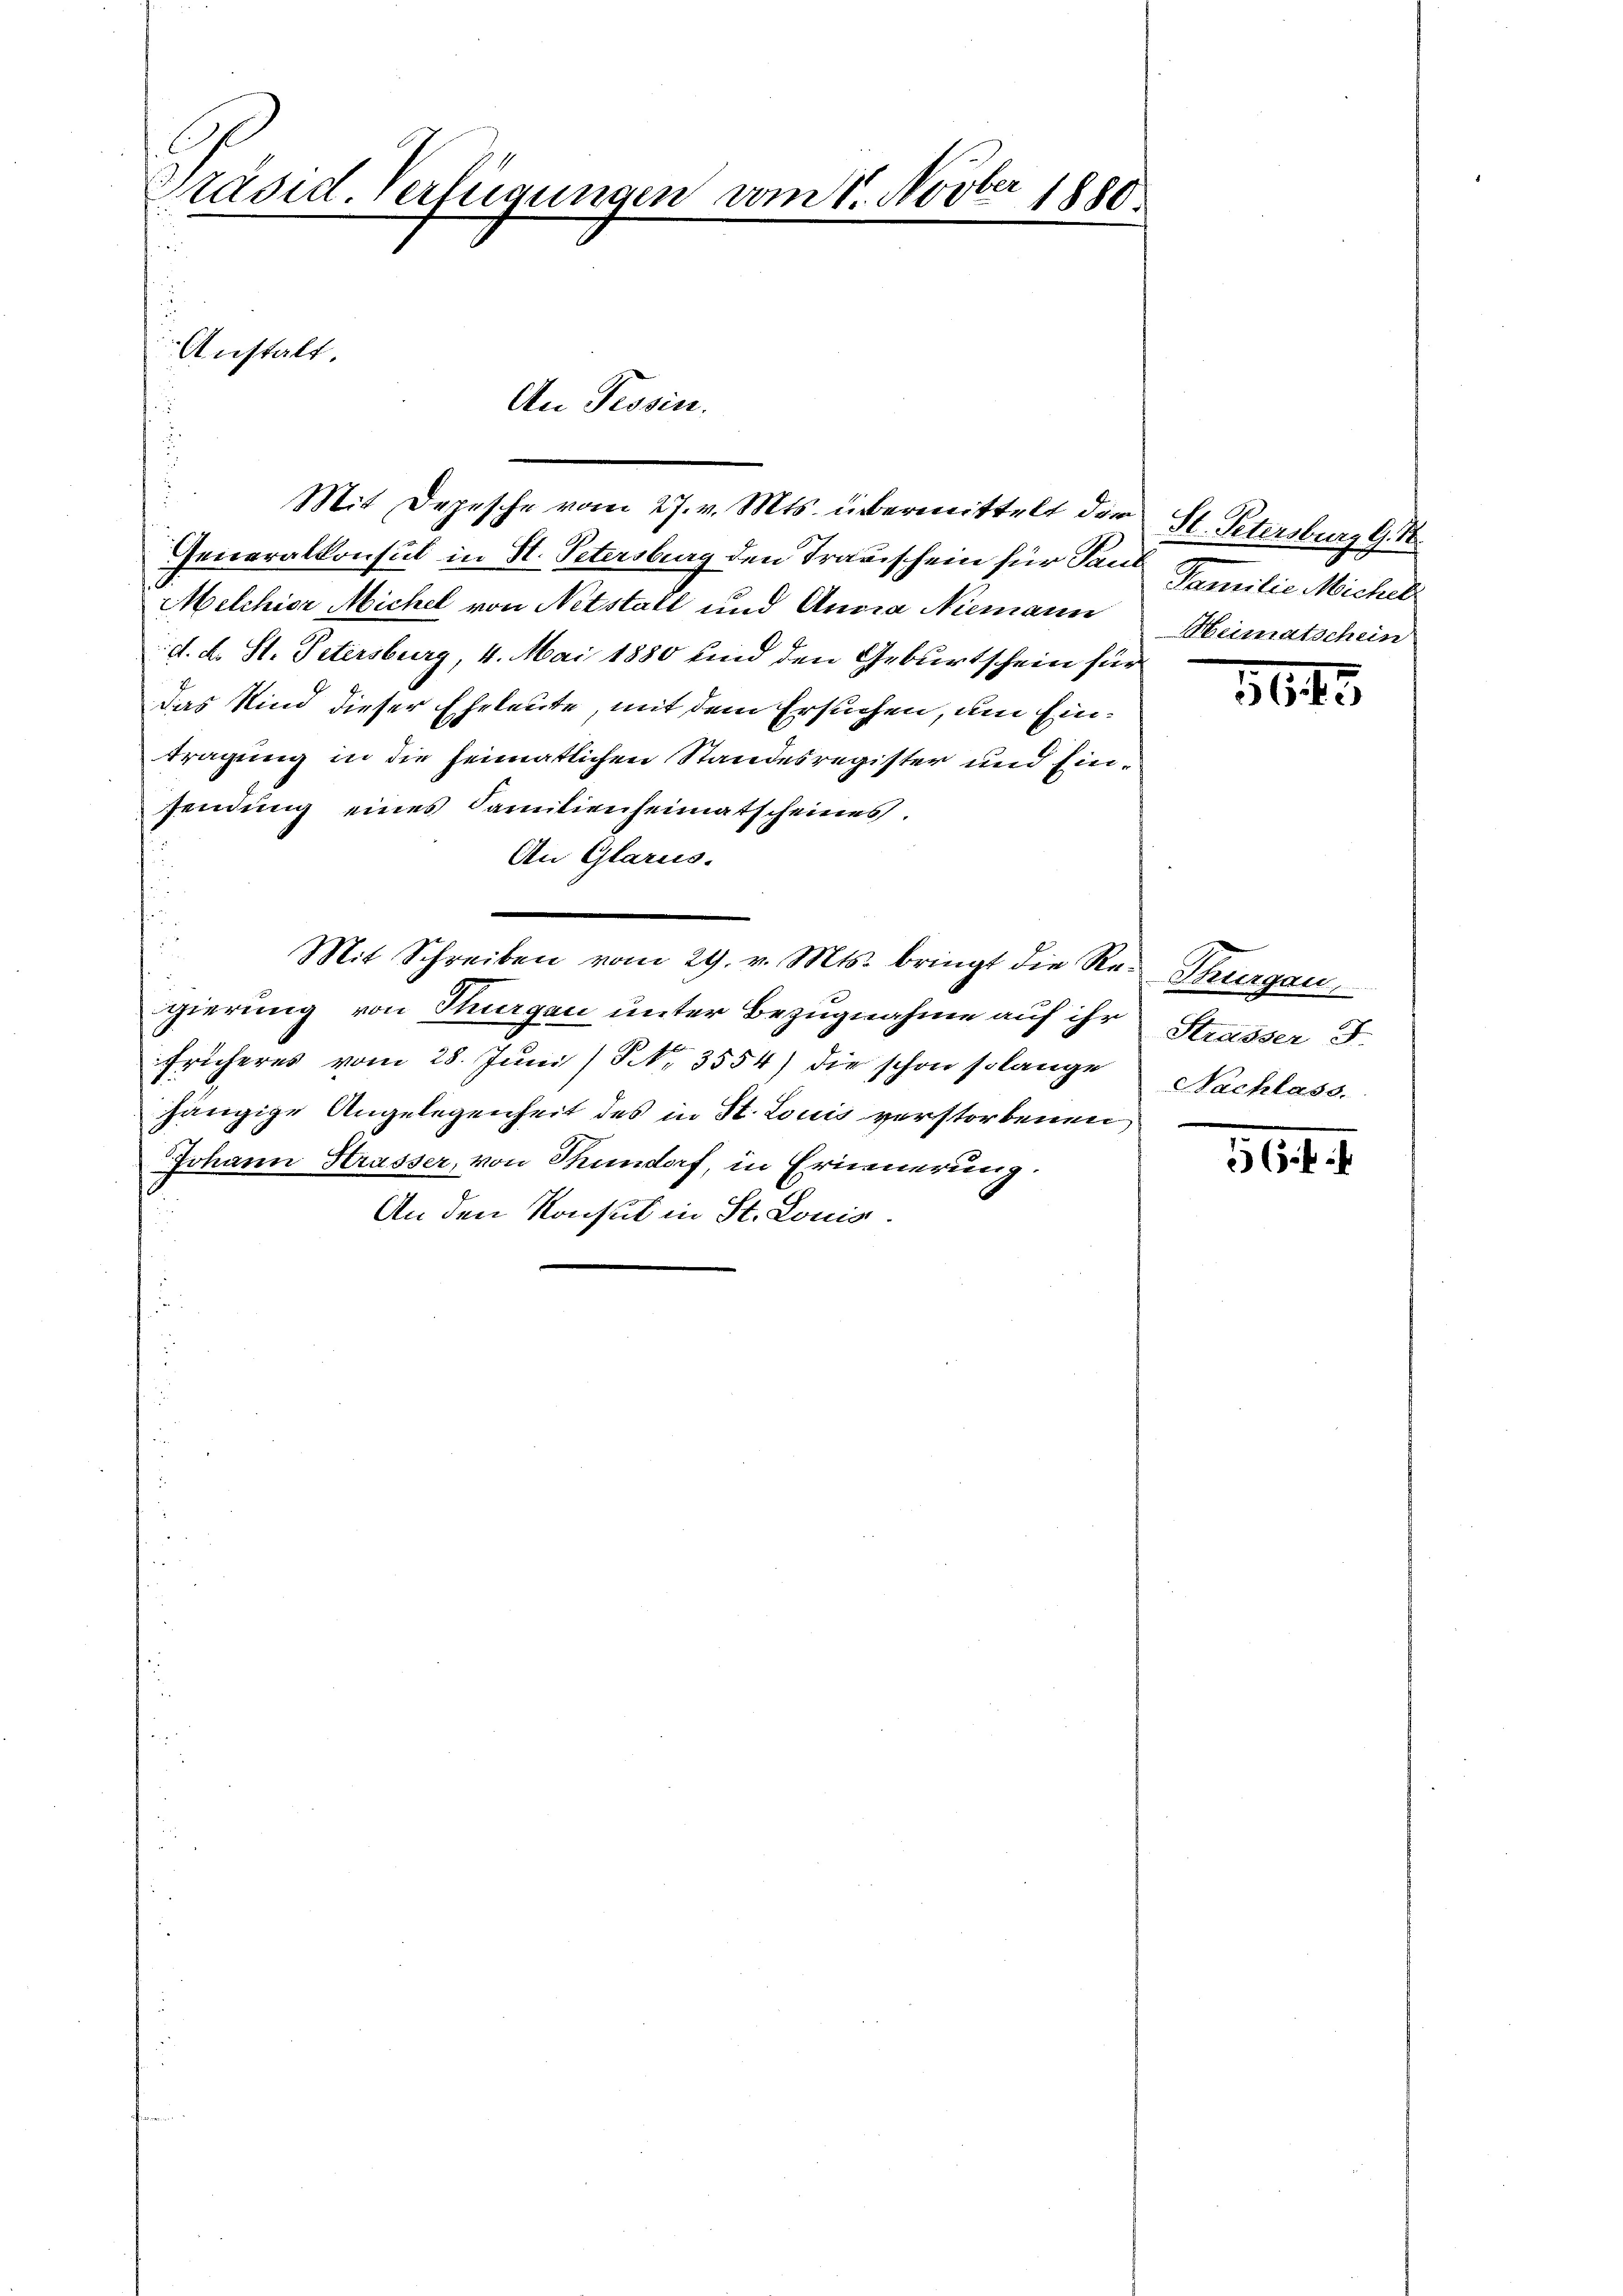
e
Präsid. Verfügungen vom 1. Novbr. 1880.
.
Anstalt.
An Tessin.

Mit Depesche vom 27. v. Mts. übermittelt die
Generalkonsul in St. Petersburg den Trauischein für San¬
Melchior Michel von Netstalt und Annia Niemann
d. d. St. Petersburg, 4. Mai 1880 und den Geburtschein für
das Kind dieser Eheleute, mit dem Ersuchen, um Eintragung in die heimatlichen Standesregister und Einsendung eines Familienheimatscheines.
An Glarus.
Mit Schreiben vom 29. v. Mts. bringt die Re-Thurgau,
gierung von Thurgau unter Bezugnahme auf ihr Strasser F.
früheres vom 28. Jŭni (S. 3554) die schon solange Nachlass.
hängige Angelegenheit des in St. Louis verstorbenen
Johann Krasser, von Stundorf, in Erinnerung.
An den Konsul in St. Louis.

St. Petersburg G. T.
Familie Michel
Heimatschein

5643.

6f